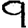
Digit: 9